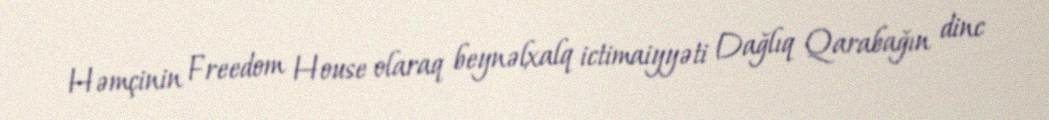
Həmçinin Freedom House olaraq beynəlxalq ictimaiyyəti Dağlıq Qarabağın dinc